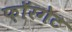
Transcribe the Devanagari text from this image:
फ़ॉरगेट